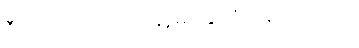
ဒီ ပါဆယ်ထုပ်ကို မြန်မာ နိုင်ငံ ပို့ချင်ပါတယ်။